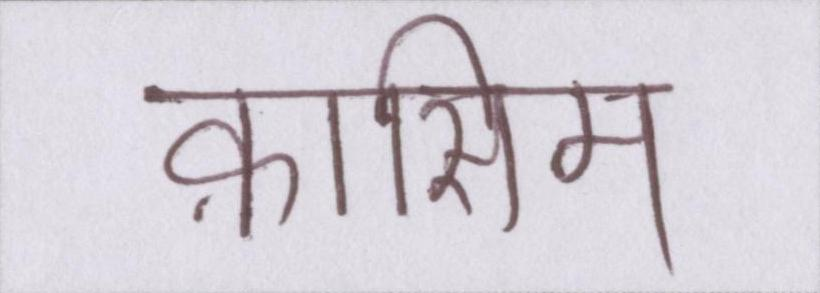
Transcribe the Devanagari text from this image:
क़ासिम